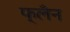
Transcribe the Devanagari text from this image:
फ्लँन